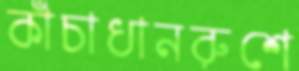
কাঁচাধানরুশে